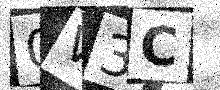
Text: 0V3C